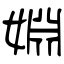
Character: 婣